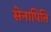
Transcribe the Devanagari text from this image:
सेनापिति